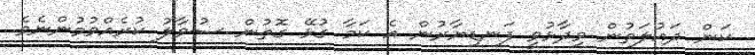
ކަން ދައުލަތުން ވިދާޅުވީ ފަނޑިޔާރުން އެ ކަމާ ގުޅޭ ގޮތުން ސުވާލު ކުރެއްވުމުންނެވެ.